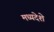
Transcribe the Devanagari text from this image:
मध्यदेशे